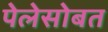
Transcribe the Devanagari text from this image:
पेलेसोबत